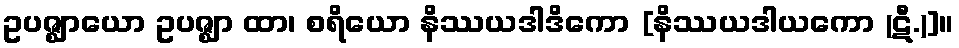
ဥပဇ္ဈာယော ဥပဇ္ဈာ ထာ၊ စရိယော နိဿယဒါဒိကော [နိဿယဒါယကော (ဋီ.)]။